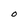
Character: O